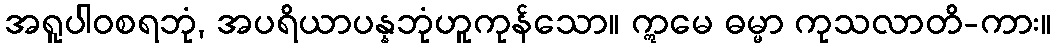
အရူပါဝစရဘုံ, အပရိယာပန္နဘုံဟူကုန်သော။ ဣမေ ဓမ္မာ ကုသလာတိ-ကား။